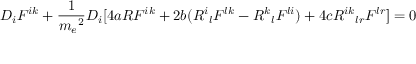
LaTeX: D _ { i } F ^ { i k } + \frac { 1 } { { m _ { e } } ^ { 2 } } D _ { i } [ 4 a R F ^ { i k } + 2 b ( { R ^ { i } } _ { l } F ^ { l k } - { R ^ { k } } _ { l } F ^ { l i } ) + 4 c { R ^ { i k } } _ { l r } F ^ { l r } ] = 0